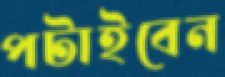
পটাইবেন